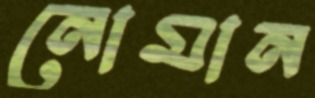
নোমান